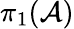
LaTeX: \pi_{1}({\cal{A}})